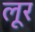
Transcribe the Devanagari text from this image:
लूर